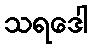
သရဒေါ